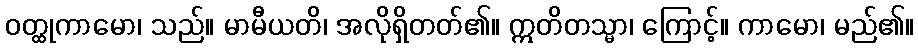
ဝတ္ထုကာမော၊ သည်။ မာမီယတိ၊ အလိုရှိတတ်၏။ ဣတိတသ္မာ၊ ကြောင့်။ ကာမော၊ မည်၏။